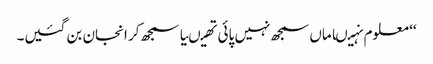
‘‘ معلوم نہیںاماں سمجھ نہیں پائی تھیںیا سمجھ کر انجان بن گئیں۔